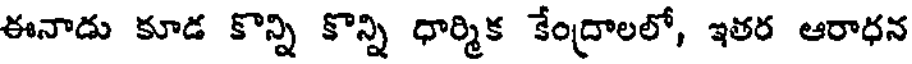
ఈనాడు కూడ కొన్ని కొన్ని ధార్మిక కేంద్రాలలో, ఇతర ఆరాధన